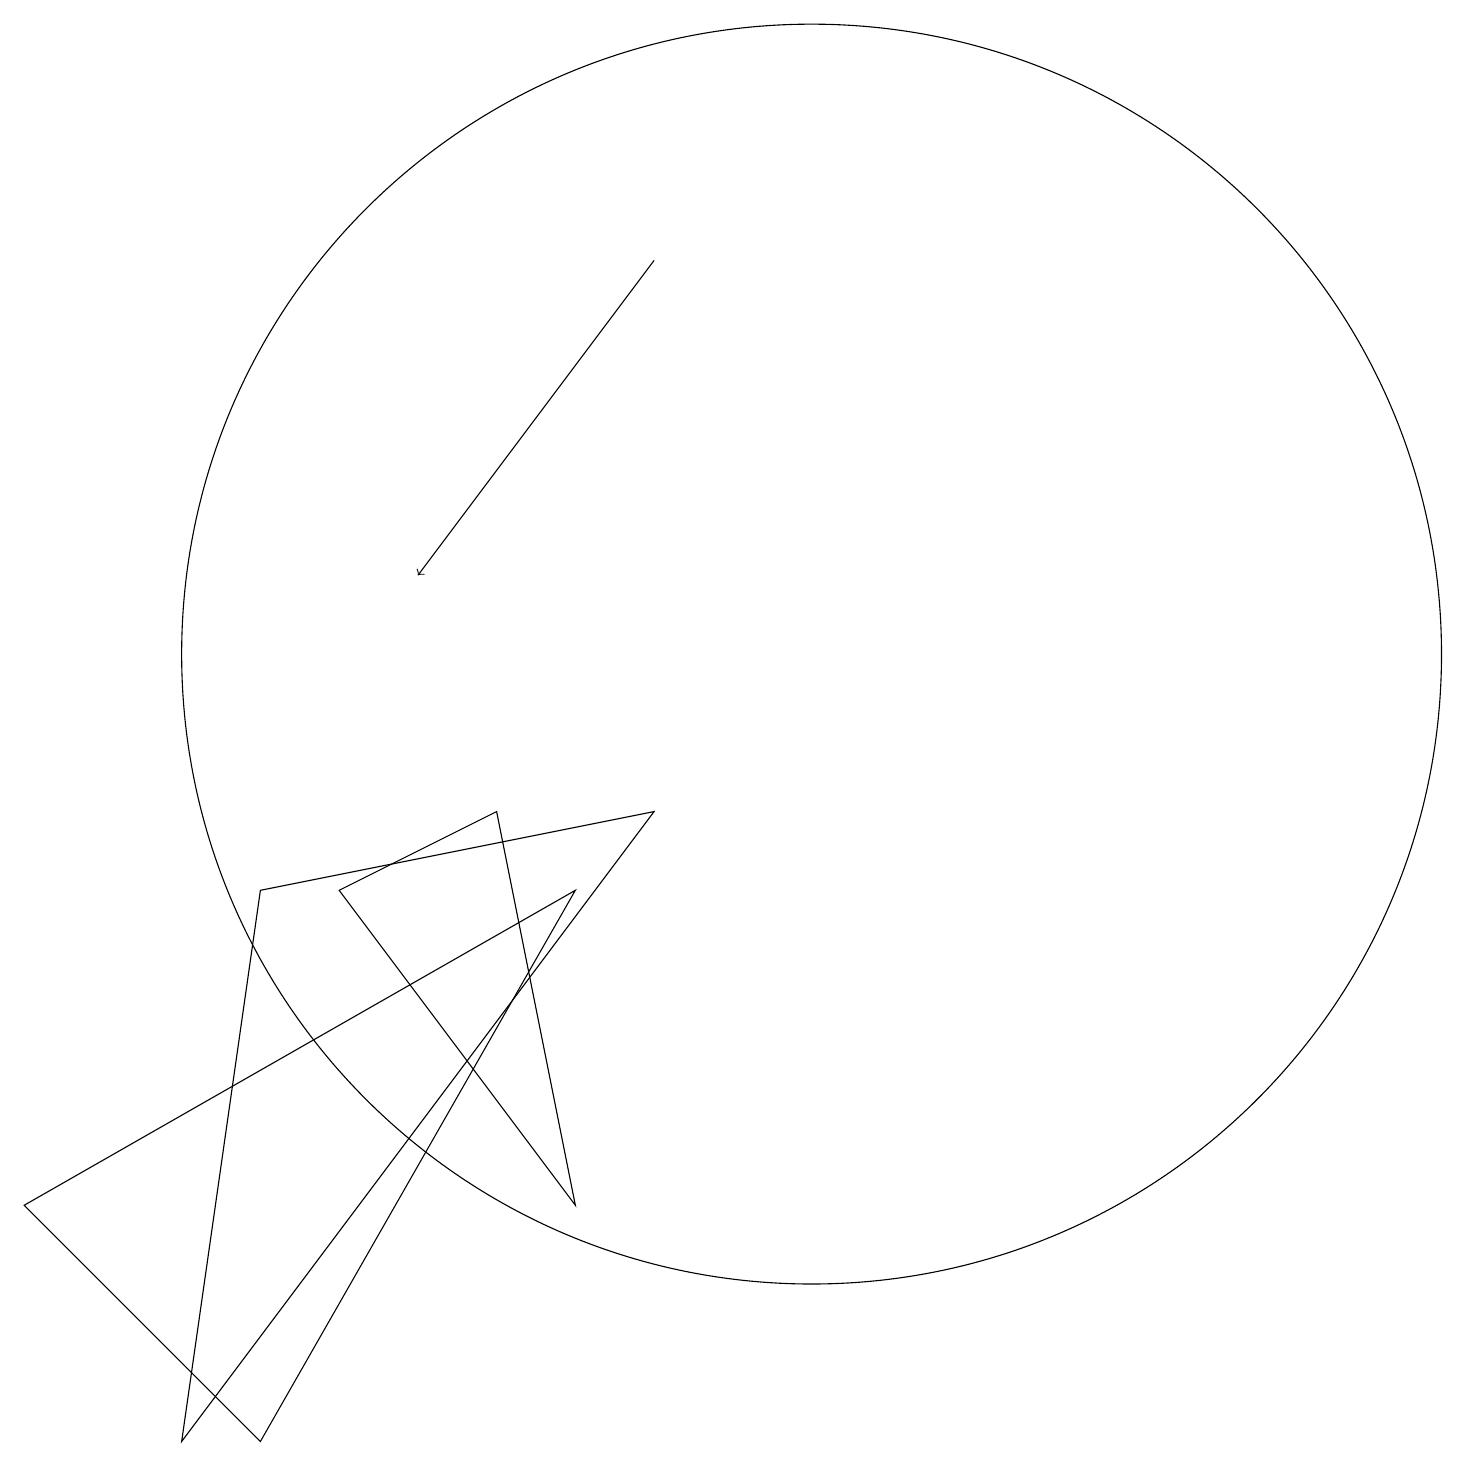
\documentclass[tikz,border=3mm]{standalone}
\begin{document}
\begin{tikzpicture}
\draw (10,11) circle (8);
\draw (0,4) -- (3,1) -- (7,8) -- cycle;
\draw[->] (8,16) -- (5,12);
\draw (8,9) -- (3,8) -- (2,1) -- cycle;
\draw (4,8) -- (7,4) -- (6,9) -- cycle;
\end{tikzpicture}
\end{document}